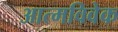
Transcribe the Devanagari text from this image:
आत्मविवेक